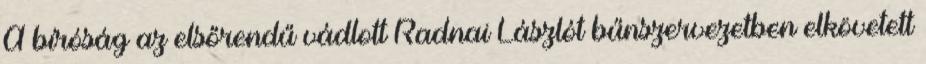
A bíróság az elsőrendű vádlott Radnai Lászlót bűnszervezetben elkövetett